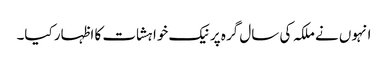
انہوں نے ملکہ کی سال گرہ پر نیک خواہشات کا اظہار کیا۔